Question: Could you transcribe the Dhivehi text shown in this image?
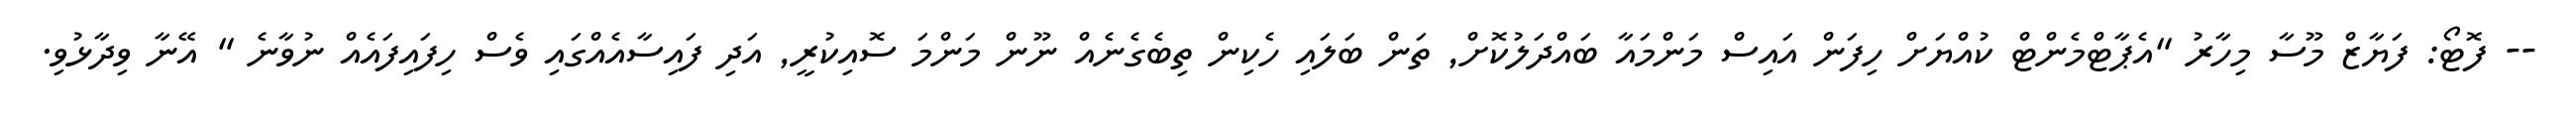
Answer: -- ފޮޓޯ: ފަޔާޒް މޫސާ މިހާރު "އެޕާޓްމެންޓް ކުއްޔަށް ހިފަން އައިސް މަންމައާ ބައްދަލުކޮށް, ތަން ބަލައި ހެކިން ތިބެގެނެއް ނޫން މަންމަ ސޮއިކުރީ, އަދި ފައިސާއެއްގައި ވެސް ހިފައިފައެއް ނުވާނެ " އޭނާ ވިދާޅުވި.